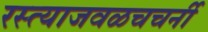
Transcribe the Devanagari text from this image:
रस्त्याजवळचचर्नी